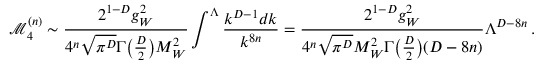
\mathcal { M } _ { 4 } ^ { ( n ) } \sim \frac { 2 ^ { 1 - D } g _ { W } ^ { 2 } } { 4 ^ { n } \sqrt { \pi ^ { D } } \Gamma \big ( \frac { D } { 2 } \big ) M _ { W } ^ { 2 } } \int ^ { \Lambda } \frac { k ^ { D - 1 } d k } { k ^ { 8 n } } = \frac { 2 ^ { 1 - D } g _ { W } ^ { 2 } } { 4 ^ { n } \sqrt { \pi ^ { D } } M _ { W } ^ { 2 } \Gamma \big ( \frac { D } { 2 } \big ) ( D - 8 n ) } \Lambda ^ { D - 8 n } \, .